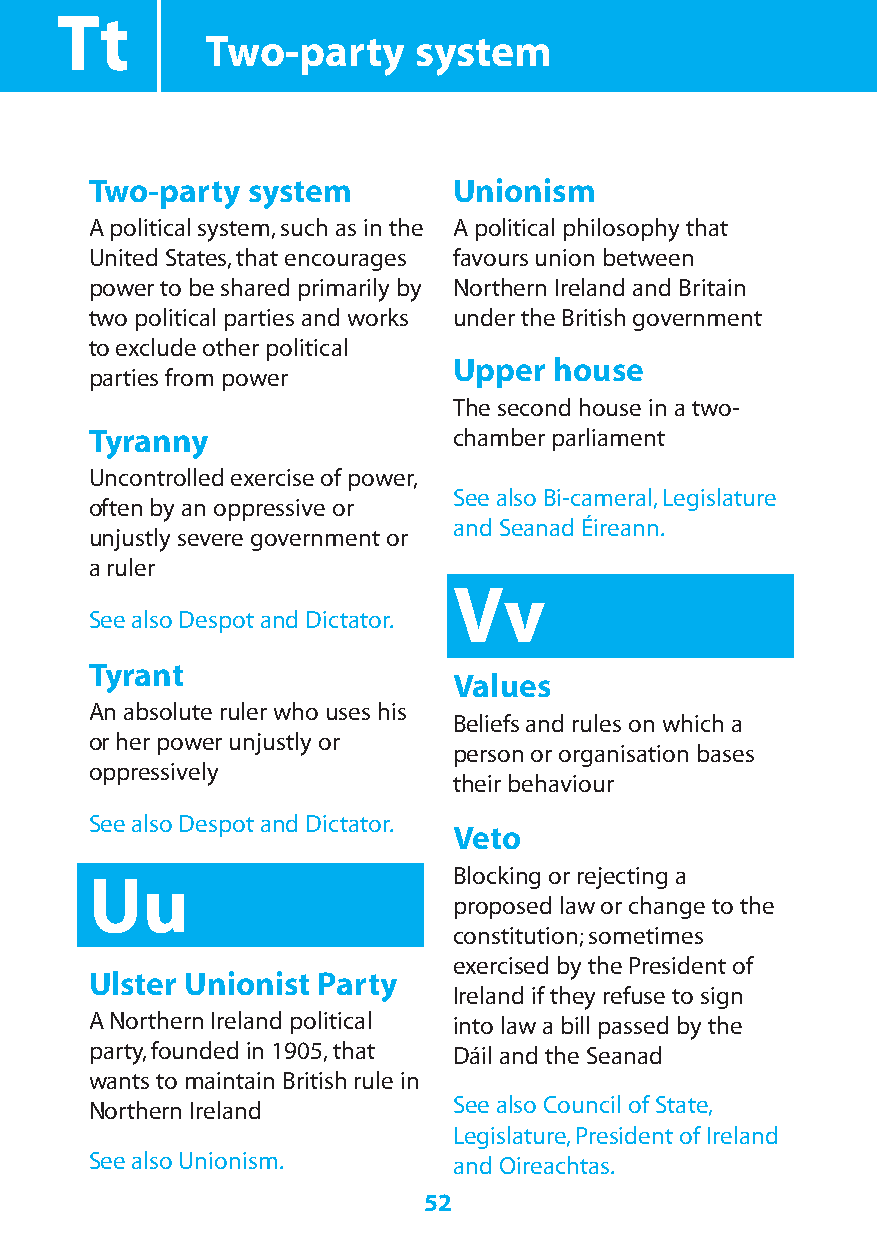
Tt
 Two-party    system
 Two-party system        Unionism
 A political system,such as in the A political philosophy that
 United States,that encourages favours union between
 power to be shared primarily by Northern Ireland and Britain
 two political parties and works under the British government
 to exclude other political
 Upper  house
 parties from power
 The second house in a two-
 Tyranny                 chamber parliament
 Uncontrolled exercise of power,
 See also Bi-cameral,Legislature
 often by an oppressive or
 and Seanad Éireann.
 unjustly severe government or
 a ruler
 Vv
 See also Despot and Dictator.
 Tyrant
 Values
 An absolute ruler who uses his
 Beliefs and rules on which a
 or her power unjustly or
 person or organisation bases
 oppressively
 their behaviour
 See also Despot and Dictator.
 Veto
 Uu                      Blocking or rejecting a
 proposed law or change to the
 constitution;sometimes
 exercised by the President of
 Ulster Unionist Party
 Ireland if they refuse to sign
 A Northern Ireland political into law a bill passed by the
 party,founded in 1905,that Dáil and the Seanad
 wants to maintain British rule in
 Northern Ireland        See also Council of State,
 Legislature,President of Ireland
 See also Unionism.      and Oireachtas.
 52